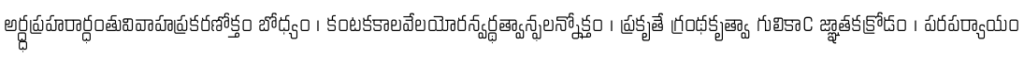
అర్ద్ధప్రహరార్ధంతువివాహప్రకరణోక్తం బోధ్యం । కంటకకాలవేలయోరన్వర్థత్వాన్ఫలన్నోక్తం । ప్రకృతే గ్రంథకృత్వా గులికాC జ్ఞాతకక్రోడం । పరపర్యాయం